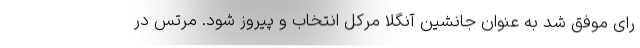
رای موفق شد به عنوان جانشین آنگلا مرکل انتخاب و پیروز شود. مرتس در